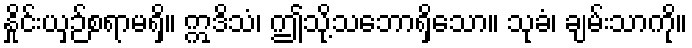
နှိုင်းယှဉ်စရာမရှိ။ ဣဒိသံ၊ ဤသို့သဘောရှိသော။ သုခံ၊ ချမ်းသာကို။